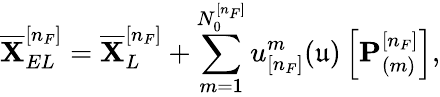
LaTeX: \overline{{\mathbf{X}}}_{EL}^{[n_{F}]}=\overline{{\mathbf{X}}}_{L}^{[n_{F}]}+\sum_{m=1}^{N_{0}^{[n_{F}]}}u_{[n_{F}]}^{m}(\mathfrak{u})\left[\mathbf{P}_{(m)}^{[n_{F}]}\right],